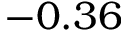
- 0 . 3 6